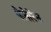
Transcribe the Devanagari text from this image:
पेलेरिन